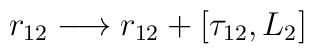
r_{12} \longrightarrow r_{12} + [\tau_{12},L_2]